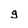
Character: g